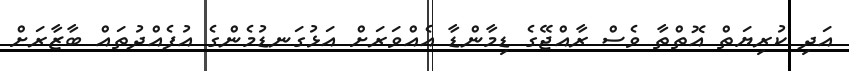
އަދި ކުރިޔަތް އޮތްތާ ވެސް ރާއްޖޭގެ ޑިމާންޑާ އެއްވަރަށް އަޅުގަނޑުމެންގެ އުފެއްދުތައް ބާޒާރަށް